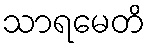
သာရမေတိ